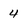
Character: 4